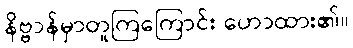
နိဗ္ဗာန်မှာတူကြကြောင်း ဟောထား၏။